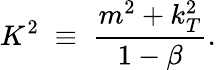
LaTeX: K^{2}\; \equiv\; \frac{m^{2}+k_{T}^{2}}{1-\beta}.